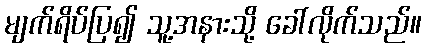
မျက်ရိပ်ပြ၍ သူ့အနားသို့ ခေါ်လိုက်သည်။